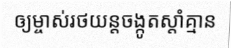
ឲ្យម្ចាស់រថយន្តចង្កូតស្តាំគ្មាន